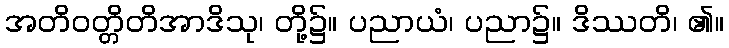
အတိဝတ္တိတိအာဒိသု၊ တို့၌။ ပညာယံ၊ ပညာ၌။ ဒိဿတိ၊ ၏။